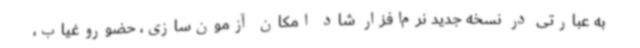
به عبارتی در نسخه جدید نرم‌افزار شاد امکان آزمون‌سازی، حضوروغیاب،